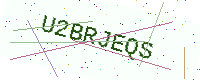
Text: U2BRJEQS